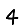
Digit: 4